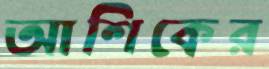
আশিকের